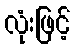
လုံးဖြင့်